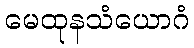
မေထုနသံယောဂံ